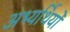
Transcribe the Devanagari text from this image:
अभ्यर्थियोँ